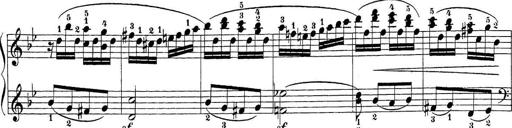
Title: Sonatina Album
Composer: Louis KÃ¶hler